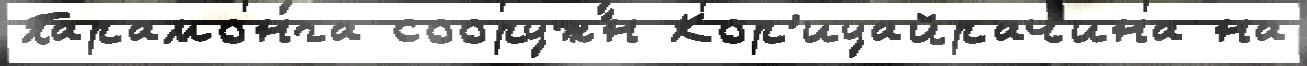
Парамонга сооруж́н Кор'иуайрачина на